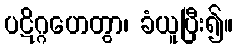
ပဋိဂ္ဂဟေတွာ၊ ခံယူပြီး၍။